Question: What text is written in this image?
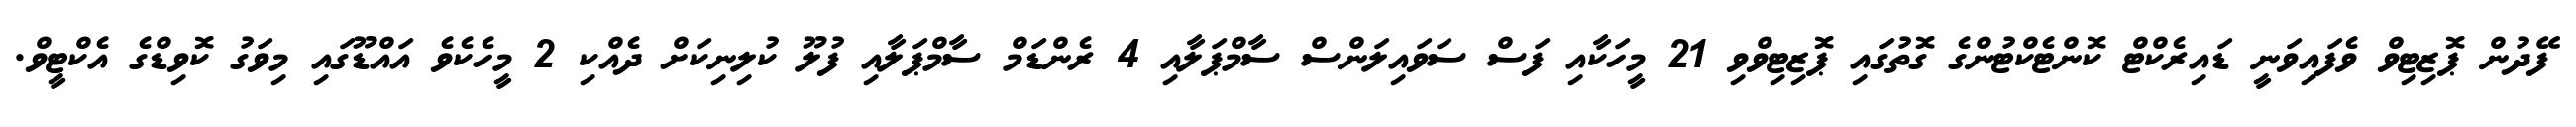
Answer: ފޭދުން ޕޮޒިޓިވް ވެފައިވަނީ ޑައިރެކްޓް ކޮންޓެކްޓުންގެ ގޮތުގައި ޕޮޒިޓިވްވި 21 މީހަކާއި ފަސް ސަވައިލަންސް ސާމްޕަލާއި 4 ރެންޑަމް ސާމްޕަލާއި ފުލޫ ކުލިނިކަށް ދެއްކި 2 މީހެކެވެ އައްޑޫގައި މިވަގު ކޮވިޑްގެ އެކްޓީވް.